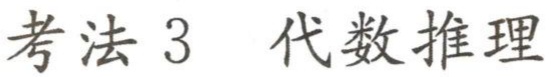
考法 3  代数推理